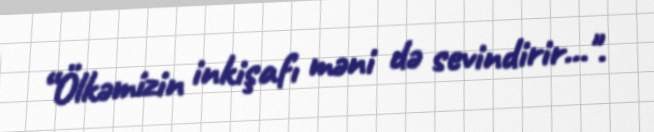
“Ölkəmizin inkişafı məni də sevindirir...".